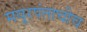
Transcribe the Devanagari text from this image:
मयूरपंताचीच